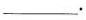
___.